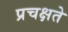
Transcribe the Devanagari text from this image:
प्रचक्षते